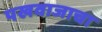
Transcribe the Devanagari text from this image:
पखवाजाचा